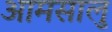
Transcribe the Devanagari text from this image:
आमसालु